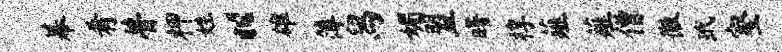
幕肴瞢柙姓“雄簿舄媚盟曙椁薤薤僧徽玳壑